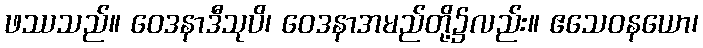
ဖဿသည်။ ဝေဒနာဒီသုပိ၊ ဝေဒနာအမည်တို့၌လည်း။ ဧသေဝနယော၊